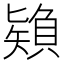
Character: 𰦠